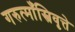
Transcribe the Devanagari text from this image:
गरुत्माँस्त्रिवृत्ते